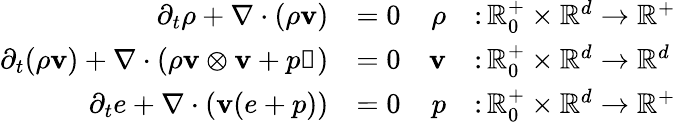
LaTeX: \begin{array}{rlrl}{\partial_{t}\rho+\nabla\cdot(\rho\mathbf v)}&{=0}&{\rho}&{\colon\mathbb R_{0}^{+}\times\mathbb R^{d}\to\mathbb R^{+}}\\ {\partial_{t}(\rho\mathbf v)+\nabla\cdot(\rho\mathbf v\otimes\mathbf v+p\mathbb{1})}&{=0}&{\mathbf v}&{\colon\mathbb R_{0}^{+}\times\mathbb R^{d}\to\mathbb R^{d}}\\ {\partial_{t}e+\nabla\cdot(\mathbf v(e+p))}&{=0}&{p}&{\colon\mathbb R_{0}^{+}\times\mathbb R^{d}\to\mathbb R^{+}}\end{array}